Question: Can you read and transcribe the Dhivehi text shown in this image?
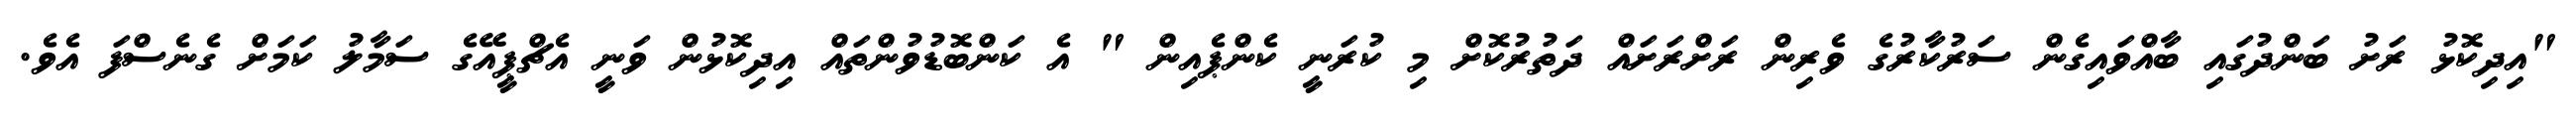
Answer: "އިދިކޮޅު ރަށު ބަންދުގައި ބާއްވައިގެން ސަރުކާރުގެ ވެރިން ރަށްރަށައް ދަތުރުކޮށް މި ކުރަނީ ކެންޕެއިން " އެ ކަންބޮޑުވުންތައް އިދިކޮޅުން ވަނީ އެޗްޕީއޭގެ ސަމާލު ކަމަށް ގެނެސްފަ އެވެ.